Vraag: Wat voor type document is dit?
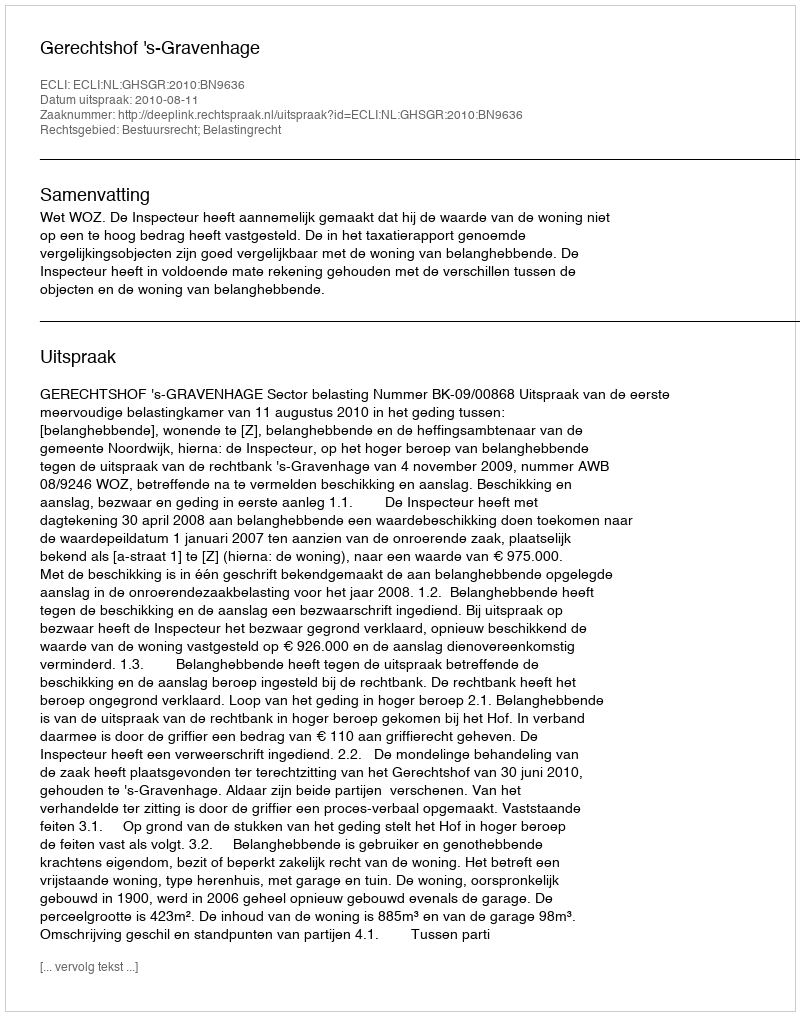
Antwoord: Uitspraak